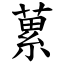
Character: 蔂